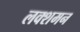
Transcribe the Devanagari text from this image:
लक्शमन